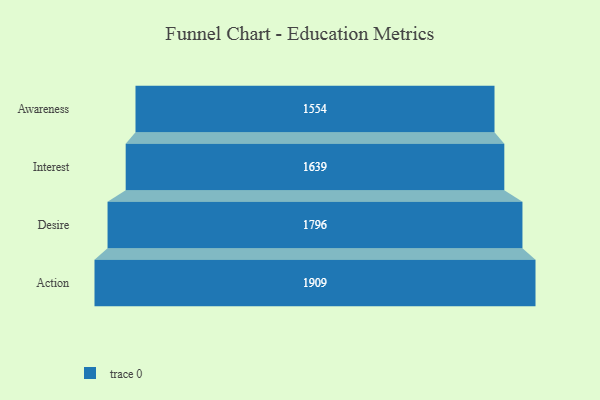
{"axis": {"x": "Stage", "y": "Value"}, "legend": [""], "data": [{"x": "Awareness", "y": 1554.0, "type": ""}, {"x": "Interest", "y": 1639.0, "type": ""}, {"x": "Desire", "y": 1796.0, "type": ""}, {"x": "Action", "y": 1909.0, "type": ""}]}